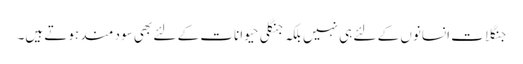
جنگلات انسانوں کے لئے ہی نہیں بلکہ جنگلی حیوانات کے لئے بھی سود مند ہوتے ہیں۔